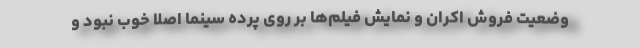
وضعیت فروش اکران و نمایش فیلم‌ها بر روی پرده سینما اصلا خوب نبود و